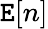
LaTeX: \mathtt{E}[n]